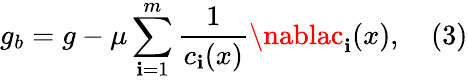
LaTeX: g_{b}=g-\mu\sum_{\mathbf{i}=1}^{m}{\frac{{1}}{{c_{\mathbf{i}}(x)}}}\nablac_{\mathbf{i}}(x),\quad(3)